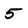
Character: 5